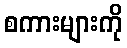
စကားများကို